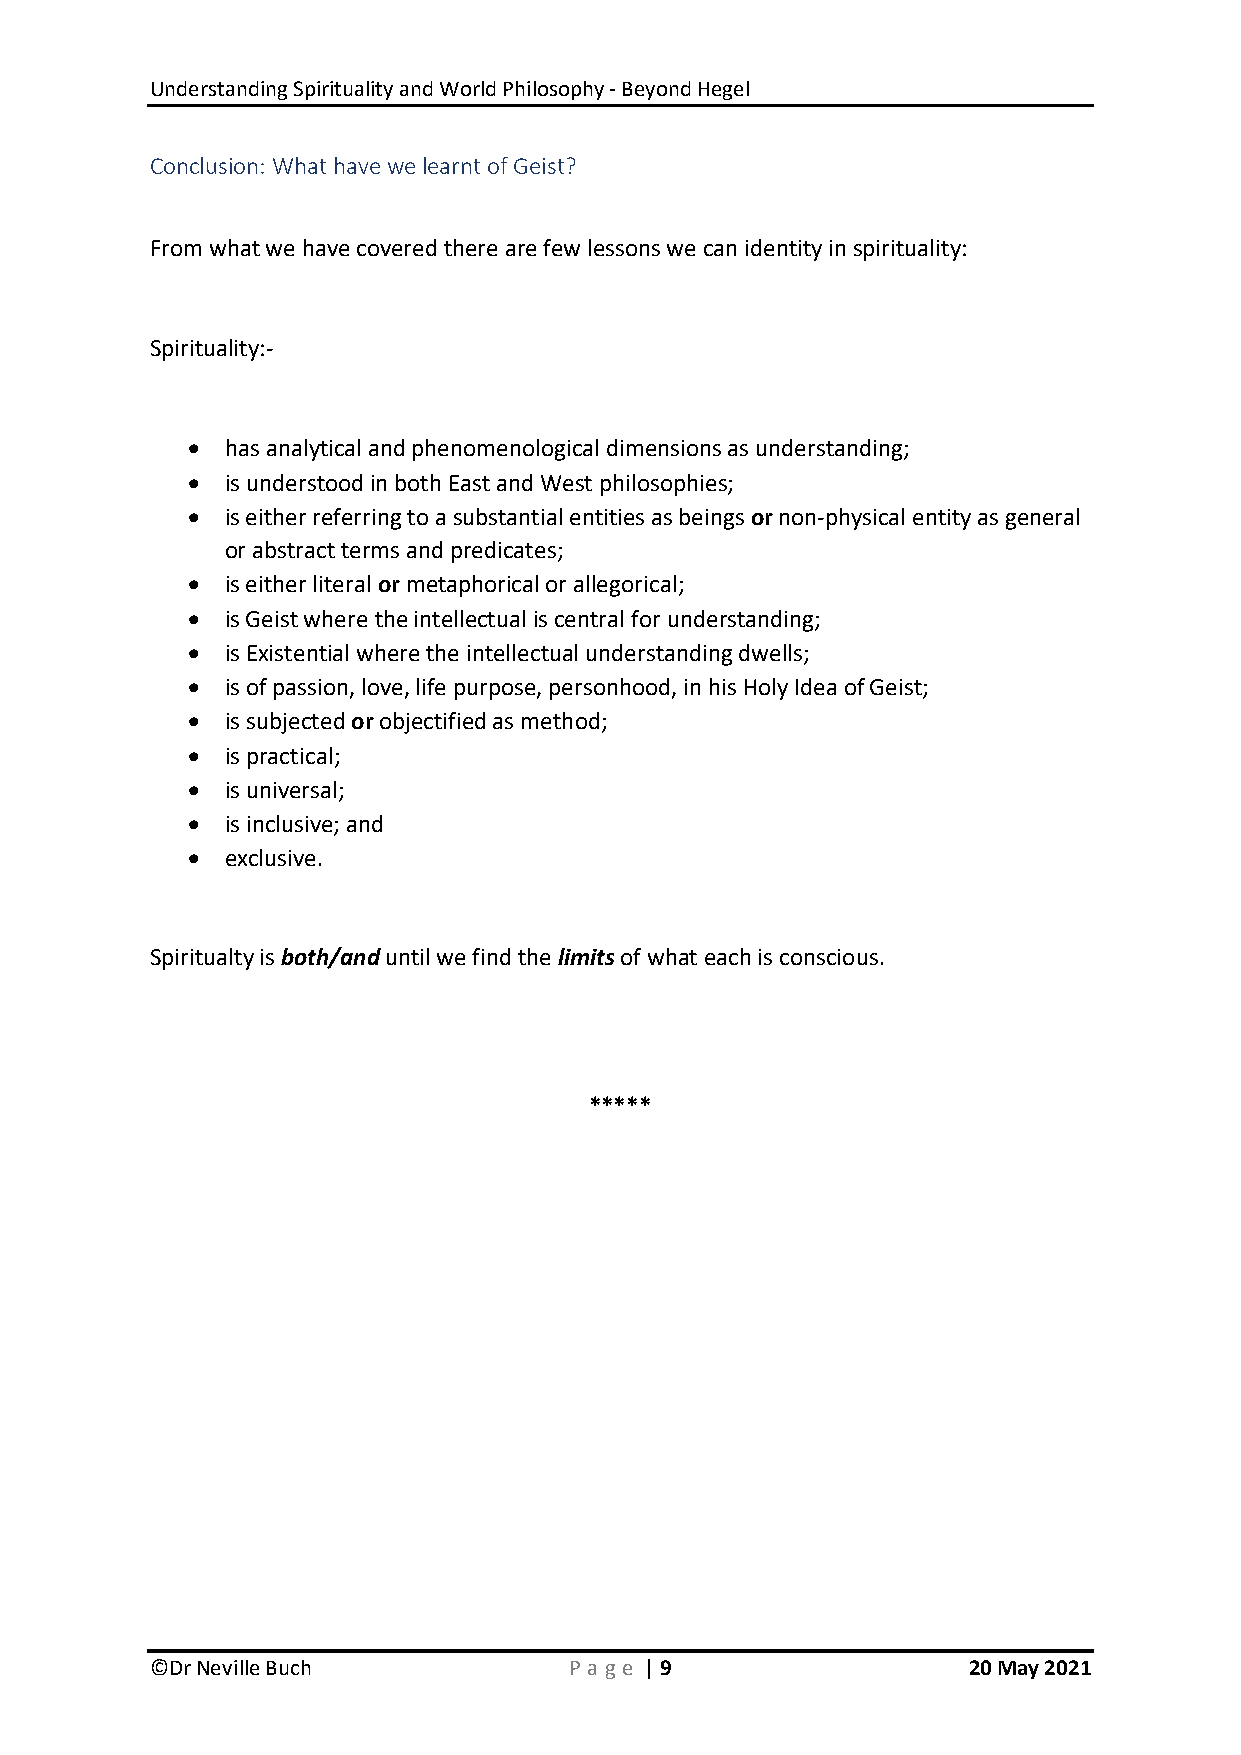
Understanding Spirituality and World Philosophy - Beyond Hegel
 Conclusion: What have we learnt of Geist?
 From what we have covered there are few lessons we can identity in spirituality:
 Spirituality:-
   has analytical and phenomenological dimensions as understanding;
   is understood in both East and West philosophies;
   is either referring to a substantial entities as beings or non-physical entity as general
 or abstract terms and predicates;
   is either literal or metaphorical or allegorical;
   is Geist where the intellectual is central for understanding;
   is Existential where the intellectual understanding dwells;
   is of passion, love, life purpose, personhood, in his Holy Idea of Geist;
   is subjected or objectified as method;
   is practical;
   is universal;
   is inclusive; and
   exclusive.
 Spiritualty is both/and until we find the limits of what each is conscious.
 *****
 ©Dr Neville Buch            P age | 9                 20 May 2021